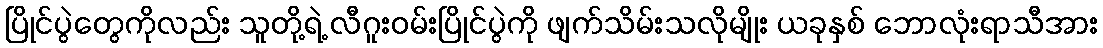
ပြိုင်ပွဲတွေကိုလည်း သူတို့ရဲ့ လီဂူးဝမ်းပြိုင်ပွဲကို ဖျက်သိမ်းသလိုမျိုး ယခုနှစ် ဘောလုံးရာသီအား